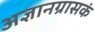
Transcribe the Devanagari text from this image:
अज्ञानग्रासकं